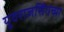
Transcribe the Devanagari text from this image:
युवराजसिंगच्या